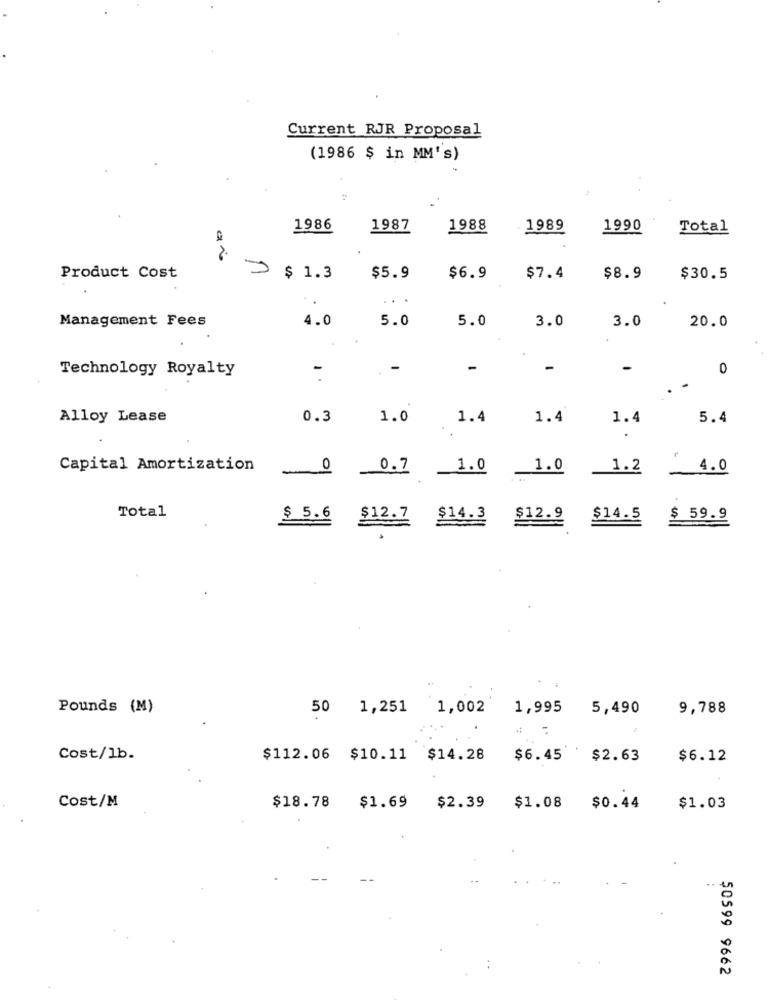
Current RJR Proposal
(1986 $ in MM's)
1986
1987
1988
1989
1990
Total
2.
Product Cost
$ 1.3
$5.9
$6.9
$7.4
$8.9
$30.5
...
Management Fees
5.0
5.0
3.0
3.0
4.0
20.0
Technology Royalty
-
-
-
0
Alloy Lease
0.3
1.0
1.4
1.4
1.4
5.4
Capital Amortization
-
0.7
_1.0
1.0
1.2
4.0
Total
$ 5.6
$12.7
$14.3
$12.9
$14.5
$ 59.9
Pounds (M)
50 1,251
1,002
1,995
5,490
9,788
Cost/1b.
$112.06 $10.11 $14.28
$6.45 $2.63
$6.12
$1.69
Cost/M
$18.78
$2.39
$1.08
$0.44
$1.03
..
50599 9662